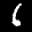
Label: 6